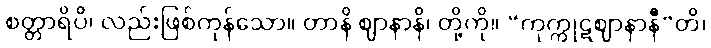
စတ္တာရိပိ၊ လည်းဖြစ်ကုန်သော။ တာနိ ဈာနာနိ၊ တို့ကို။ “ကုက္ကုဋဈာနာနီ”တိ၊